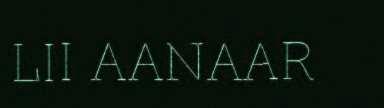
LII AANAAR